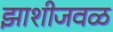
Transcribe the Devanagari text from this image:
झाशीजवळ